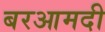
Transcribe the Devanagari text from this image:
बरआमदी